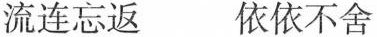
流连忘返 依依不舍